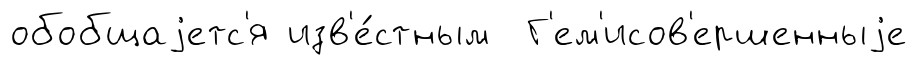
обобщаjетс'я изв'е́стным Г'ем'исов'ершенныjе